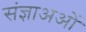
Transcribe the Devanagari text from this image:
संज्ञाअओं